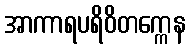
အာကာရပရိဝိတက္ကေန